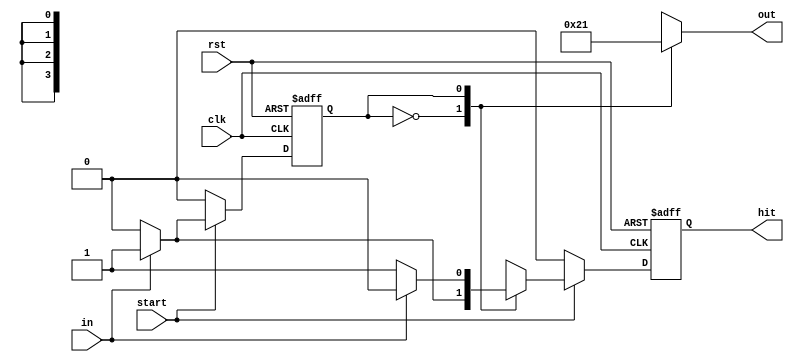
`timescale 1ns / 1ps
//////////////////////////////////////////////////////////////////////////////////
// Company: 
// 
// Design Name: 
// Module Name: fsm_modified
// Project Name: 
// Target Devices: 
// Tool Versions: 
// Description: 
// 
// Dependencies: 
// 
// Revision:
// Revision 0.01 - File Created
// Additional Comments:
// 
//////////////////////////////////////////////////////////////////////////////////

module fsmVAR #(parameter ID_1 = 4'd1, ID_2 = 4'd2)(
    input wire clk, rst,
    input wire start,
    input wire in,
    output reg hit,
    output reg[3:0]out
);

parameter IDLE = 1'b0, ALARM = 1'b1;
reg stato, st_nxt;
reg hit_out;

//REGISTRO STATO
always@(posedge clk, posedge rst)
if(rst == 1'b1) stato <= IDLE;
else if (start) stato <= st_nxt;
else stato<=IDLE;

//logica stato successivo
always@(stato,in)
case(stato)
IDLE: if(in==1'b1) st_nxt=ALARM;
else st_nxt=IDLE;
ALARM: if(in==1'b0) st_nxt=IDLE;
else st_nxt=ALARM;
default: st_nxt=IDLE;
endcase

//logica uscite
always@(stato,in)
case(stato)
IDLE: if (in) hit_out=1'b1;
else hit_out=1'b0;
ALARM:
 if (in) hit_out=1'b0;
else hit_out=1'b1;
default: hit_out=1'b0;
endcase

//logica hit
always@(posedge rst,posedge clk)
if (rst) hit<=1'b0;
else if (start) hit<=hit_out;
else hit<=1'b0;

//logica out
always@(stato)
case(stato)
IDLE: out=ID_2;
ALARM: out=ID_1;
default:out=4'd0;
endcase

endmodule